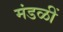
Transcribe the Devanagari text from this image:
मंडळीं